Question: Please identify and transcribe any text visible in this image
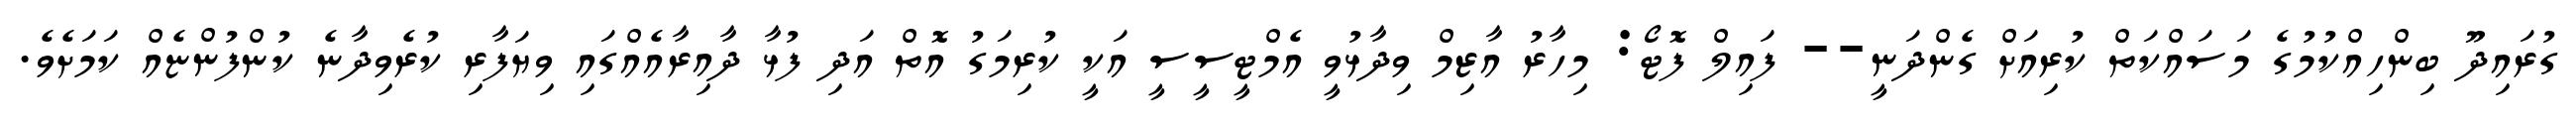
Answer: ގުރައިދޫ ބިންހިއްކުމުގެ މަސައްކަތް ކުރިއަށް ގެންދަނީ-- ފައިލް ފޮޓޯ: މިހާރު އާޒިމް ވިދާޅުވީ އެމްޓީސީސީ އަކީ ކުރިމަގު އޮތް އަދި ފުޅާ ދާއިރާއެއްގައި ވިޔަފާރި ކުރެވިދާނެ ކުންފުންޏެއް ކަމަށެވެ.